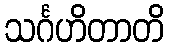
သင်္ဂဟိတာတိ